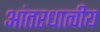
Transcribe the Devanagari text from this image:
आंतरधात्वीय